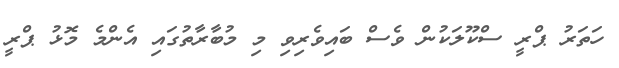
ހަތަރު ޕްރީ ސްކޫލަކުން ވެސް ބައިވެރިވި މި މުބާރާތުގައި އެންމެ މޮޅު ޕްރީ